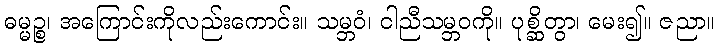
ဓမ္မဉ္စ၊ အကြောင်းကိုလည်းကောင်း။ သမ္ဘဝံ၊ ငါညီသမ္ဘဝကို။ ပုစ္ဆိတွာ၊ မေး၍။ ဇညာ။